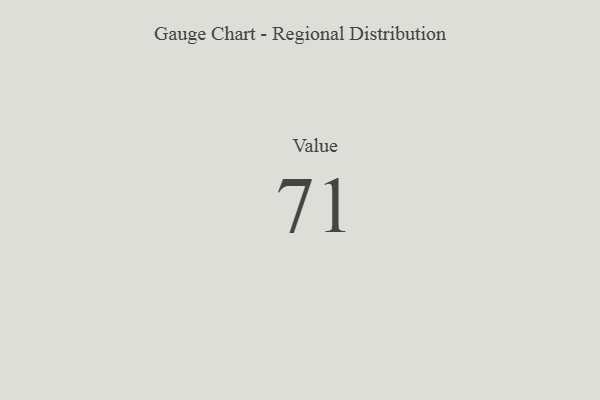
{"axis": {"x": "Metric", "y": "Value"}, "legend": [""], "data": [{"x": "Value", "y": 71, "type": ""}]}